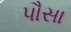
પૌસા